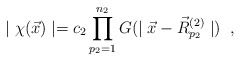
\begin{align*} \mid\chi(\vec{x})\mid=c_{2}\prod^{n_{2}}_{p_{2}=1} G(\mid \vec{x} - \vec{R}^{(2)}_{p_{2}} \mid) \;\;,\end{align*}